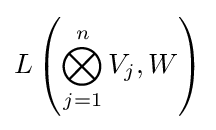
L\left(\bigotimes _{j=1}^{n}V_{j},W\right)